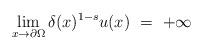
LaTeX: \begin{align*}\lim_{x\to\partial\Omega}\delta(x)^{1-s}u(x)\ =\ +\infty\end{align*}